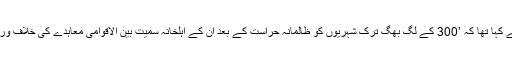
سینیٹر فرحت اللہ بابر نے ترک شہریوں کی ملک بدری کا معاملہ اٹھاتے ہوئے کہا تھا کہ ’300 کے لگ بھگ ترک شہریوں کو ظالمانہ حراست کے بعد ان کے اہلخانہ سمیت بین الاقوامی معاہدے کی خلاف ورزی کرتے ہوئے ملک بدر کیا گیا، جن پر پاکستان نے دستخط کیے ہوئے ہیں۔